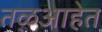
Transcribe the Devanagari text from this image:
तळआहेत